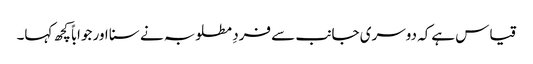
قیاس ہےکہ دوسری جانب سے فردِ مطلوبہ نے سنا اور جواباً کچھ کہا۔